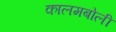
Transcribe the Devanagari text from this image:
कालमबोली